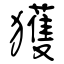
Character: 獲